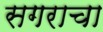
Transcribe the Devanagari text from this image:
सगराचा